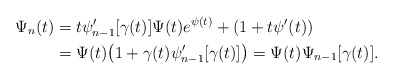
\begin{align*}\Psi_n(t)&=t\psi_{n-1}'[\gamma(t)]\Psi(t)e^{\psi(t)}+(1+t\psi'(t))\\&=\Psi(t)\big(1+\gamma(t)\psi_{n-1}'[\gamma(t)]\big)=\Psi(t)\Psi_{n-1}[\gamma(t)].\end{align*}